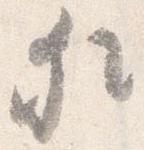
猶